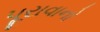
પૂરાવાનો